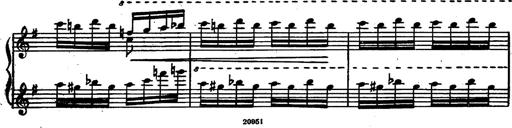
Title: Magyar rapszÃ³diÃ¡k
Composer: Franz Liszt